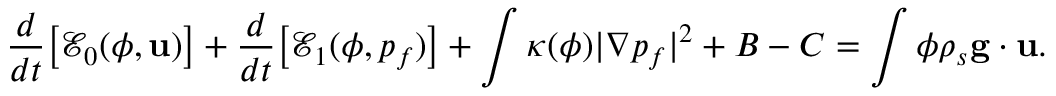
\frac { d } { d t } \big [ \mathcal E _ { 0 } ( \phi , { \bf u } ) \big ] + \frac { d } { d t } \big [ \mathcal E _ { 1 } ( \phi , p _ { f } ) \big ] + \int \kappa ( \phi ) | \nabla p _ { f } | ^ { 2 } + B - C = \int \phi \rho _ { s } { \bf g } \cdot { \bf u } .